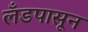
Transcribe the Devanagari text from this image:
लँडपासून